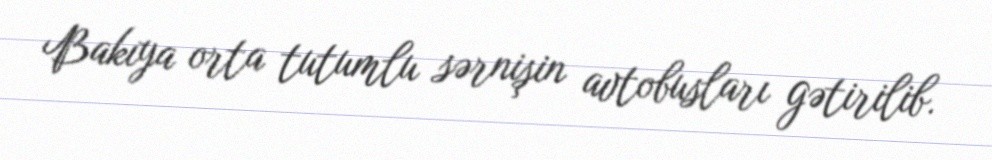
Bakıya orta tutumlu sərnişin avtobusları gətirilib.